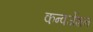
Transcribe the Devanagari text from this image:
कन्वर्जेशन